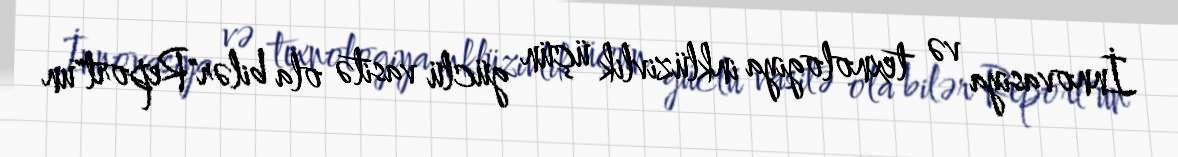
İnnovasiya və texnologiya inklüzivlik üçün güclü vasitə ola bilər"Report"un